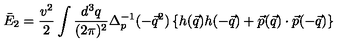
\bar { E } _ { 2 } = \frac { v ^ { 2 } } { 2 } \int \frac { d ^ { 3 } q } { ( 2 \pi ) ^ { 2 } } \Delta _ { p } ^ { - 1 } ( - \vec { q } ^ { 2 } ) \left\{ h ( \vec { q } ) h ( - \vec { q } ) + \vec { p } ( \vec { q } ) \cdot \vec { p } ( - \vec { q } ) \right\}